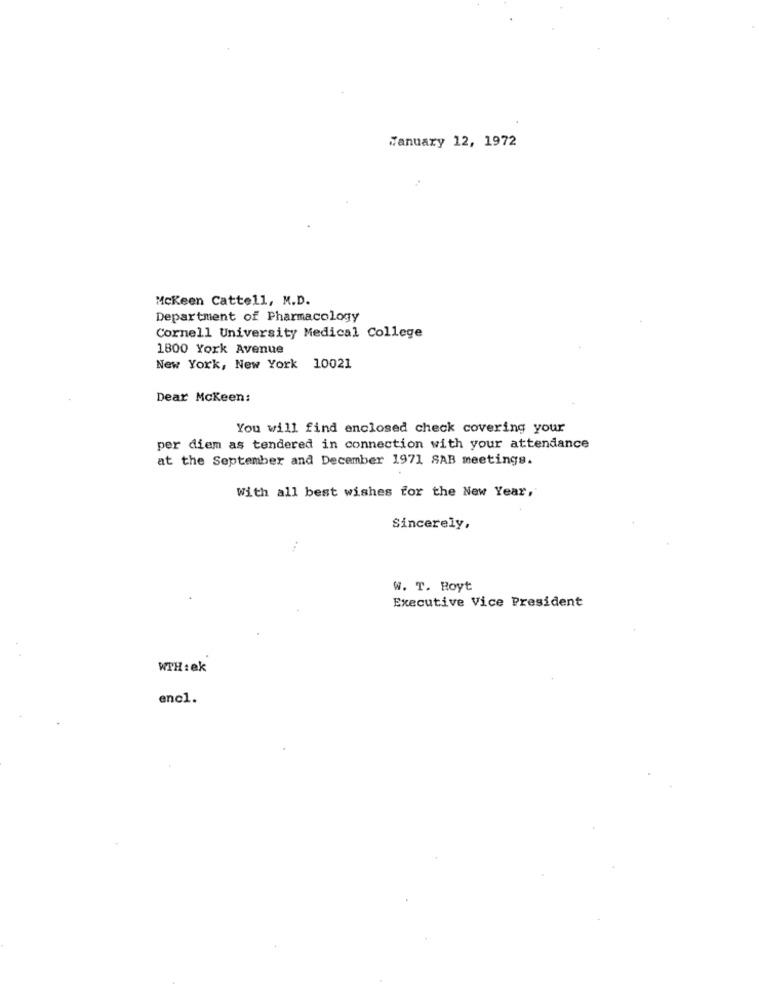
January 12, 1972
Mckeen Cattell, M.D.
Department of Pharmacology
Cornell University Medical College
1800 York Avenue
New York, New York 10021
Dear Mckeen:
You will find enclosed check covering your
per diem as tendered in connection with your attendance
at the September and December 1971 SAB meetings.
With all best wishes for the New Year,
Sincerely,
W. T. Royt
Executive Vice President
WTH :ek
encl.